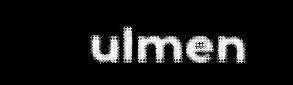
ulmen